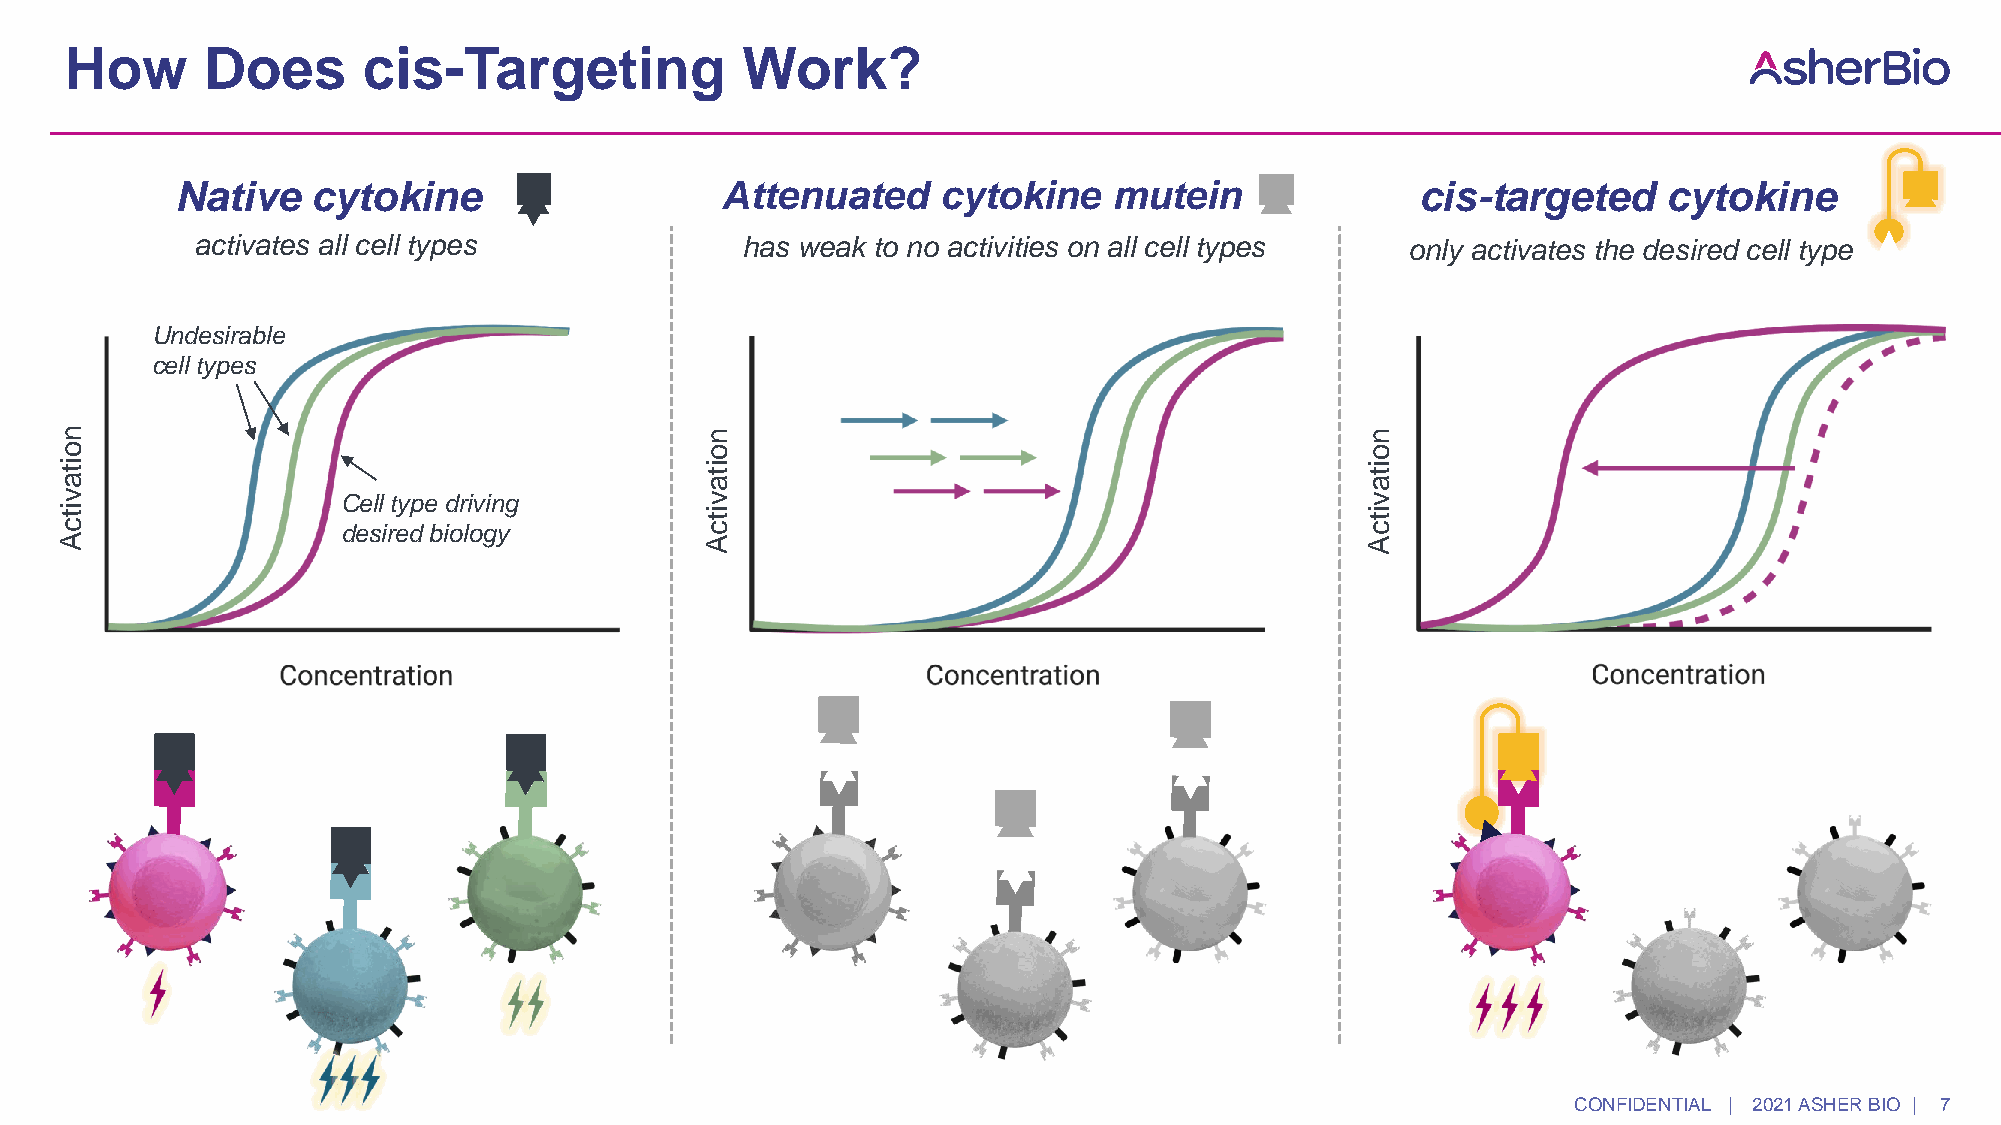
How      Does       cis-Targeting            Work?
 Native   cytokine                   Attenuated    cytokine    mutein              cis-targeted    cytokine
 activates all cell types            has weak to no activities on all cell types only activates the desired cell type
 Undesirable
 cell types
 n                                          n                                          n
 o                                          o                                          o
 i t a                                      i t a                                      i t a
 v                  Cell type driving       v                                          v
 i t c              desired biology         i t c                                      i t c
 A                                          A                                          A
 CONFIDENTIAL | 2021 ASHER BIO | 7